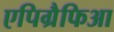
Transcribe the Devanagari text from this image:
एपिग्रैफिआ